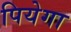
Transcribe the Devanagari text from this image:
पियेगा